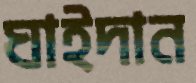
ঘাইদান